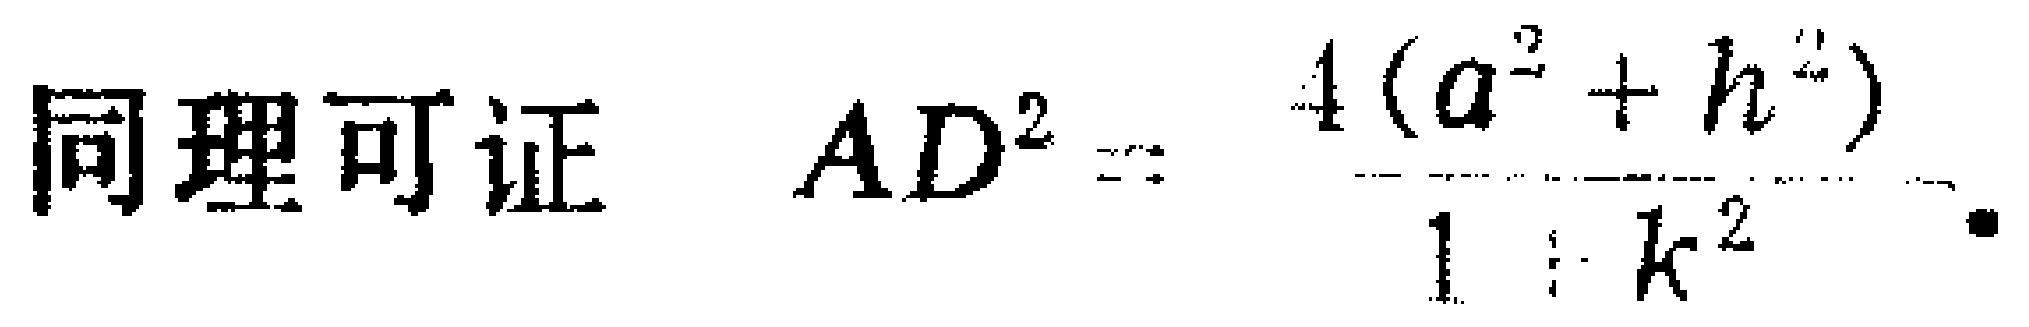
同理可证 \(AD^{2}=\frac{4(a^{2}+h^{2})}{1 + k^{2}}\).